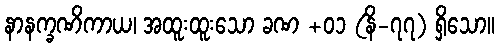
နာနက္ခဏိကာယ၊ အထူးထူးသော ခဏ +၀၁ (နိ-၇၇) ရှိသော။